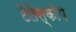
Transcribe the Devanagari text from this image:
टेलेस्कोप